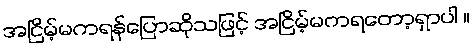
အငြိမ့်မကရန်ပြောဆိုသဖြင့် အငြိမ့်မကရတော့ရှာပါ ။